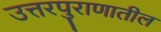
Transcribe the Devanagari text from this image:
उत्तरपुराणातील